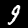
Digit: 9